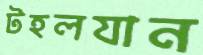
টহলযান